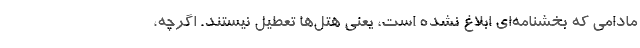
مادامی که بخشنامه‌ای ابلاغ نشده است، یعنی هتل‌ها تعطیل نیستند. اگرچه،